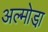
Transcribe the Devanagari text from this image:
अल्मोडा़